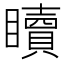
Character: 𥌚